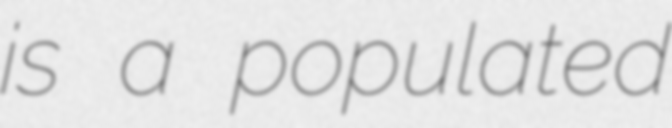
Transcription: is a populated